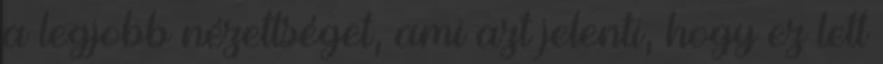
a legjobb nézettséget, ami azt jelenti, hogy ez lett